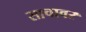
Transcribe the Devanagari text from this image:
साचावर